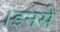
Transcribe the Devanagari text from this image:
।इनसे